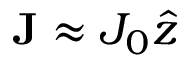
\mathbf { J } \approx J _ { 0 } \hat { z }